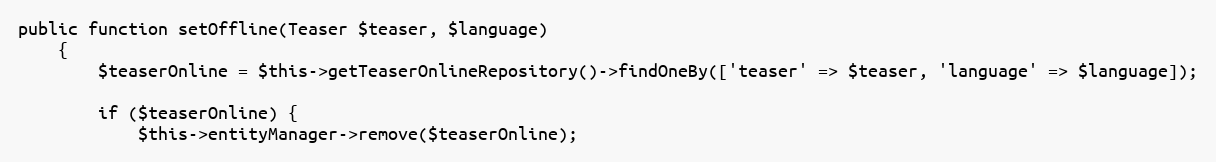
Language: PHP
public function setOffline(Teaser $teaser, $language)
    {
        $teaserOnline = $this->getTeaserOnlineRepository()->findOneBy(['teaser' => $teaser, 'language' => $language]);

        if ($teaserOnline) {
            $this->entityManager->remove($teaserOnline);